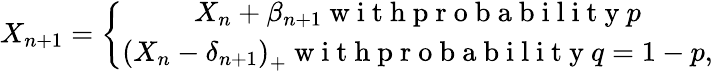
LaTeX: X_{n+1}=\left\{ \begin{array}{c}{X_{n}+\beta_{n+1}\mathrm{~w~i~t~h~p~r~o~b~a~b~i~l~i~t~y~}p}\\ {\left(X_{n}-\delta_{n+1}\right)_{+}\mathrm{~w~i~t~h~p~r~o~b~a~b~i~l~i~t~y~}q=1-p,}\end{array}\right.